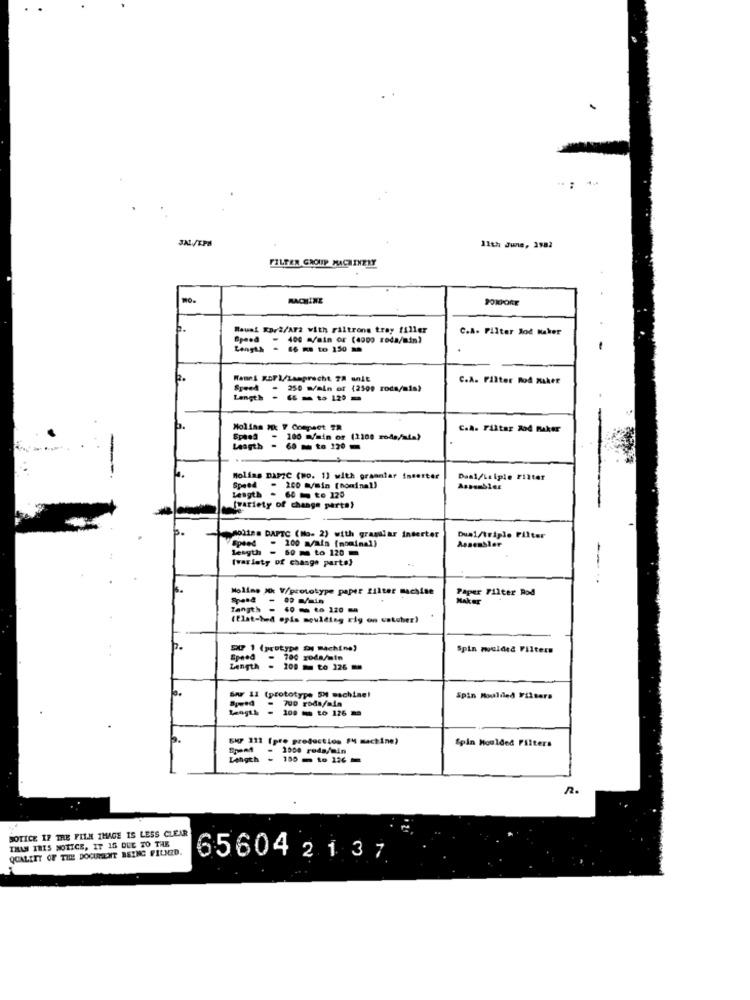
JAL/EPA
11th June, 1982
FILTER GROUP MACHINERY
mo.
MAQUINE
PORPORE
Rauak Kari/AF2 with Filtrone tray filler
C.A. Filter Jod Maker
Speed - 400 Main or (4900 roda/min)
Length -
---- 15 -
Hanns xsrl/Lamprecht 78 unit
C.A. Filter Rod Maker
- 250 m/min of (2509 roda/mis)
Length - --- - 2)-
Molina Hc 7 Compact TR
C.A. Filtar Ro4 Maker
Speed-
100 m/min or (1108 rods/ata)
Laagth -
60 to 120
molins DAPZC (wo. 1] with granntar ineetter
Daal/Laiple Filter
Speed - 200 M/min (nominal)
Speed
Length - 60 to 120
(variety of change parte)
Molins DAPTC (No. 2) with granular inderter
Speed - 200 m/min (nominal)
Dual/triple Filter
Assembler
length - 60 m to 120
[variety of change parte)
---
Molino Xxx V/prototype paper filter machine
HADe Filter Rod
Tanyth
------
(flat-hed opis moulding rig on outuber)
h.
DP 1 (protype al machine)
Spin moulded Filters
Speed
- 700 roda/min
Length
- 100 - to 126 *
Swr 11 (prototype SM machine!
Spin Moulded Filters
- 700 roda/min
108 - to 126 m
5HP 111 (pre production FM machine)
Spin Moulded Filters
2000 roda/min
hoth - 100- to 126-
R.
SOTICE IF THE FILM THAGE IS LESS CLEAR
THAN THIS NOTICE, IT 15 DUE TO THE
QUALITY OF THE DOCUMENT BEING FILNZD.
65604 2 1 37